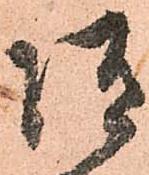
随